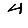
Digit: 4